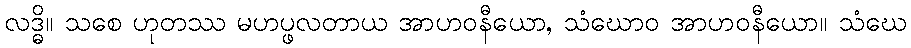
လဒ္ဓိ။ သစေ ဟုတဿ မဟပ္ဖလတာယ အာဟဝနီယော, သံဃောဝ အာဟဝနီယော။ သံဃေ